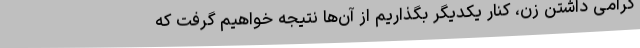
گرامی داشتن زن، کنار یکدیگر بگذاریم از آن‌ها نتیجه خواهیم گرفت که